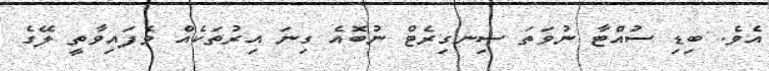
އެވެ. ބިޑި ސުއްޓާ ނުވަތަ ސިނގިރެޓް ނުބޮއެ ގިނަ އިރުތަކެއް ވެފައިވާތީ ލޭގެ